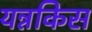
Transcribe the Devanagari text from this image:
यन्नकिस